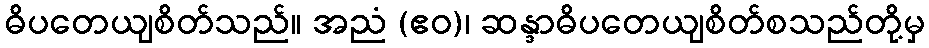
ဓိပတေယျစိတ်သည်။ အညံ (ဧဝ)၊ ဆန္ဒာဓိပတေယျစိတ်စသည်တို့မှ